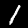
Digit: 1